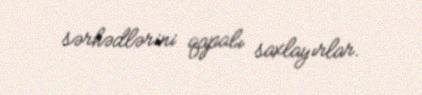
sərhədlərini qapalı saxlayırlar.